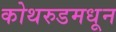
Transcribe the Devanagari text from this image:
कोथरुडमधून